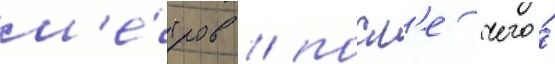
м'е́тров / посл'е чего́